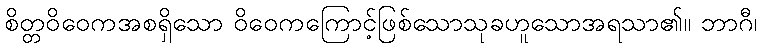
စိတ္တဝိဝေကအစရှိသော ဝိဝေကကြောင့်ဖြစ်သောသုခဟူသောအရသာ၏။ ဘာဂီ၊